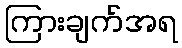
ကြားချက်အရ